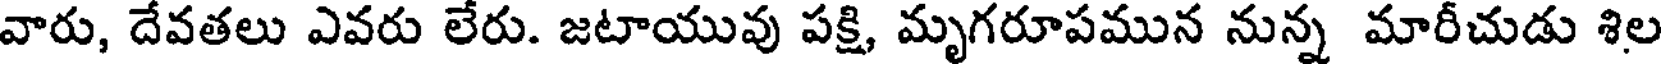
వారు, దేవతలు ఎవరు లేరు. జటాయువు పక్షి, మృగరూపమున నున్న మారీచుడు శిల